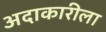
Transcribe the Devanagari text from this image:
अदाकारीला